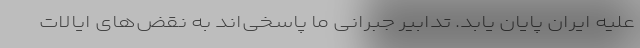
علیه ایران پایان یابد. تدابیر جبرانی ما پاسخی‌اند به نقض‌های ایالات